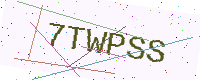
Text: 7TWPSS